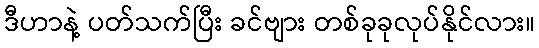
ဒီဟာနဲ့ ပတ်သက်ပြီး ခင်ဗျား တစ်ခုခုလုပ်နိုင်လား။